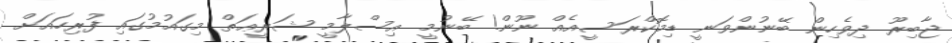
ޖާބިރޫ ދިވެހިން ބޭނުންވަނީ ޑިމޮކްރަސީއެއް ނޫން! ބޭނުމީ އިސްލާމީ ޝަރީޢަތް މިގައުމުގައި ފުރިހައަށް